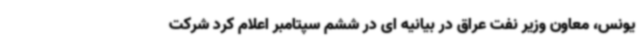
یونس، معاون وزیر نفت عراق در بیانیه ای در ششم سپتامبر اعلام کرد شرکت